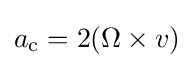
a_{\mathrm {c} }=2(\Omega \times v)